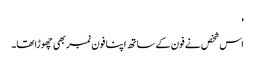
'
اس شخص نے فون کے ساتھ اپنا فون نمبر بھی چھوڑاتھا۔